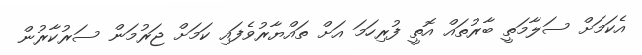
އެކަމަށް ސަލާމަތީ ބާރުތައް އޮތީ ފުރިހަމަ އަށް ތައްޔާރުވެފައި ކަމަށް ޖަރުމަން ސަރުކާރުން